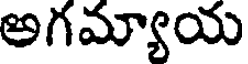
అగమ్యాయ